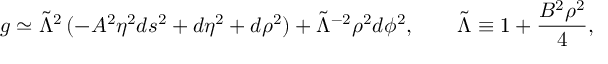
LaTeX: g \simeq \tilde { \Lambda } ^ { 2 } \, ( - A ^ { 2 } \eta ^ { 2 } d s ^ { 2 } + d \eta ^ { 2 } + d \rho ^ { 2 } ) + \tilde { \Lambda } ^ { - 2 } \rho ^ { 2 } d \phi ^ { 2 } , \qquad \tilde { \Lambda } \equiv 1 + \frac { B ^ { 2 } \rho ^ { 2 } } { 4 } ,